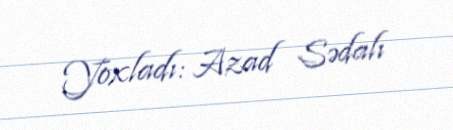
Yoxladı: Azad Sədalı